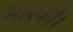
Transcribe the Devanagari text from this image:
मास्को।